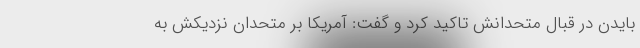
بایدن در قبال متحدانش تاکید کرد و گفت: آمریکا بر متحدان نزدیکش به